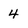
Character: 4